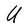
Character: U